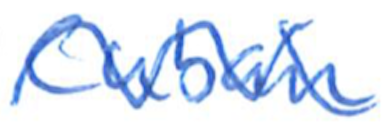
Text: Cuban
Cross-out: wave
Writing tool: ballpoint